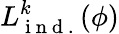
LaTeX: {L}_{\mathrm{~i~n~d~.~}}^{k}(\phi)